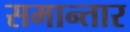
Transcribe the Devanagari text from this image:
समान्तार